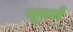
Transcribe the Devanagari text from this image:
बूर्ज्वा